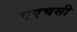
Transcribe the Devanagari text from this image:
एएचसी